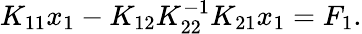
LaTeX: K_{11}x_{1}-K_{12}K_{22}^{-1}K_{21}x_{1}=F_{1}.